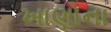
ખાણોના